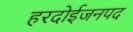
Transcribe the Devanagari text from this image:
हरदोईजनपद